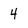
Character: 4